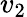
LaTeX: v_{2}